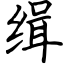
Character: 缉